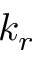
k _ { r }